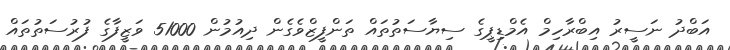
އަބްދު ނަސީރު އިބްރާހިމް އެމްޑިޕީގެ ސިޔާސަތުތައް ތަންފީޒްވެގެން ދިއުމުން 51000 ވަޒީފާގެ ފުރުސަތުތައް